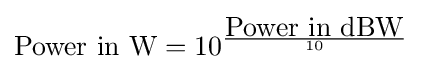
{\mbox{Power in W}}=10^{\frac {\mbox{Power in dBW}}{10}}